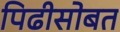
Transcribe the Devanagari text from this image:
पिढीसोबत